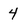
Character: 4